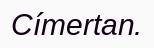
Címertan.